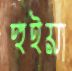
হুইয়া